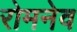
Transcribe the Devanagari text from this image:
रोमनेव